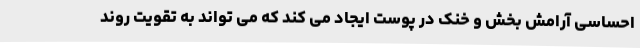
احساسی آرامش بخش و خنک در پوست ایجاد می کند که می تواند به تقویت روند